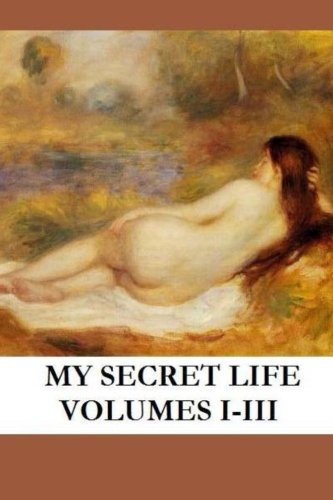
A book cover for My Secret Life-Volumes 1-3 (Classic Victorian Erotica); Anonymous; Romance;